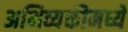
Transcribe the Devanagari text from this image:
अभिव्यक्तीमध्ये